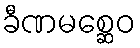
ခီဏမစ္ဆေဝ